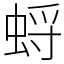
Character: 蛶